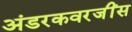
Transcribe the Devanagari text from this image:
अंडरकवरजींस